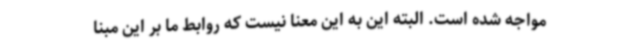
مواجه شده است. البته این به این معنا نیست که روابط ما بر این مبنا